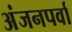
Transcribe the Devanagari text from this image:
अंजनपर्वा